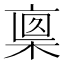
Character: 𣖈